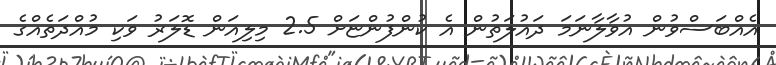
އެއްބަސްވުން އުވާލާނަމަ ދައުލަތުން އެ ކުންފުންޏަށް 2.5 މިލިއަން ޑޮލަރު ވަކި މުއްދަތެއްގެ